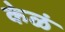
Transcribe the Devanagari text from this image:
केळं